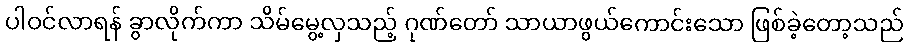
ပါဝင်လာရန် ခွာလိုက်ကာ သိမ်မွေ့လှသည့် ဂုဏ်တော် သာယာဖွယ်ကောင်းသော ဖြစ်ခဲ့တော့သည်